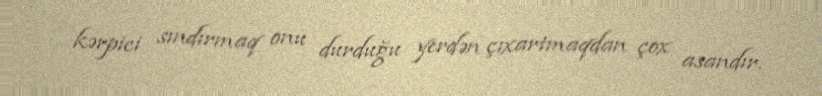
kərpici sındırmaq onu durduğu yerdən çıxartmaqdan çox asandır.